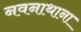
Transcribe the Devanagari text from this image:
नवनाथाना